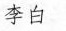
李白